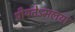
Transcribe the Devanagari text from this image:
प्रीयतेऽमलया